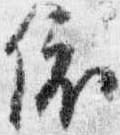
依